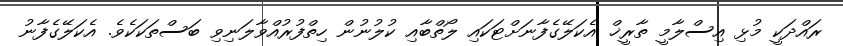
ރައްދަކީ މުޅި އިސްލާމީ ތާރީޚް އެކަލޭގެފާނަށްޓަކައި ލޯތްބާއި ކުލުނުން ހިތްފުރުއްވާލަނިވި ބަސްތަކަކެވެ. އެކަލޭގެފާނު